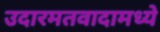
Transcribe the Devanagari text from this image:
उदारमतवादामध्ये